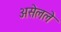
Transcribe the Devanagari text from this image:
असेलले